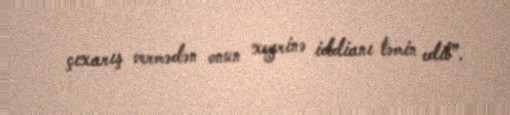
çıxarış vermədən onun xeyrinə iddianı təmin edib”.